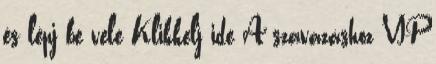
és lépj be vele Klikkelj ide A szavazáshoz VIP